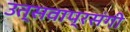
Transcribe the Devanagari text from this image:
उत्सवाप्रसंगी